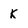
Character: k